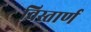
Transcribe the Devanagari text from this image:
विस्तार्ण